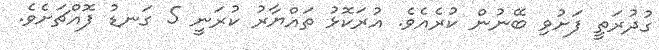
ގުދުރަތީ ފަށުވި ބޭނުން ކުރެއެވެ. އުރަކޮޅު ތައްޔާރު ކުރަނީ 5 ގަނޑު ފޮއްޗަށެވެ.